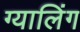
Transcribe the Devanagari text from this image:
ग्यालिंग